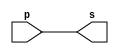

 // ------------------------- 
// Exemplo0001 - buffer 
// Nome: Arturo Morales Anez Junior 
// ------------------------- 
// ------------------------- 
// -- buffer 
// ------------------------- 
module buffer (output s, input p); 
assign s = p; // criar vinculo permanente 
// (dependencia) 
endmodule // buffer 
// ------------------------- 
// -- test buffer 
// ------------------------- 
module testbuffer; 
// ------------------------- dados locais 
reg a; // definir registrador 
// (variavel independente) 
wire s; // definir conexao (fio) 
// (variavel dependente ) 
// ------------------------- instancia 
buffer BF1 (s, a); 
// ------------------------- preparacao 
initial begin:start 
a=0; 
end 
// ------------------------- parte principal 
initial begin:main 
// execucao unitaria 
$display("Exemplo 0001 - xxx yyy zzz - 999999"); 
$display("Test buffer:"); 
$display("\t time\ta = s"); 
// execucao permanente 
$monitor("%d\t%b = %b", $time, a, s); 
// apos uma unidade de tempo 
// mudar valor do registrador para 0 
#1 a=1; 
// apos duas unidades de tempo 
// mudar valor do registrador para 1 
#2 a=0; 
end 
endmodule // testbuffer